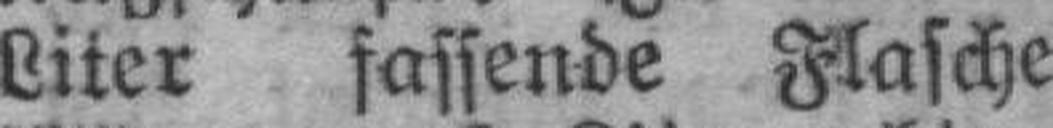
Liter fassende Flasche